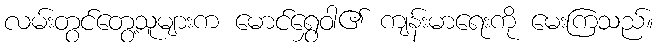
လမ်းတွင်တွေ့သူများက မောင်ရွှေဝါ၏ ကျန်းမာရေးကို မေးကြသည်။